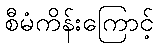
စီမံကိန်းကြောင့်